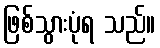
ဖြစ်သွားပုံရ သည်။